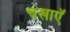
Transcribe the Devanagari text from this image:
चखाएॅ